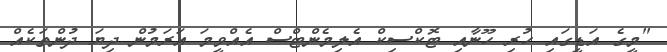
"މީގެ އަޑީގައި ހުރި ހޫނާއި ޓޮކްސިކް އެލިމެންޓްސް އެއްވީމަ އަރަމުން ދިޔަ ދުންތަކެއް